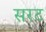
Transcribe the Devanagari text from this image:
सरट